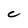
Character: C